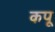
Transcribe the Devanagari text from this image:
कपू